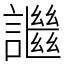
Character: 䜝